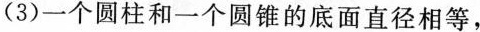
(3)一个圆柱和一个圆锥的底面直径相等，